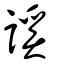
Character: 𧫟